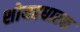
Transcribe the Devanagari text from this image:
शोयरधारक